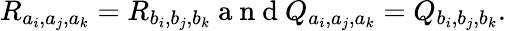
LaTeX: R_{a_{i},a_{j},a_{k}}=R_{b_{i},b_{j},b_{k}}\mathrm{~a~n~d~}Q_{a_{i},a_{j},a_{k}}=Q_{b_{i},b_{j},b_{k}}.